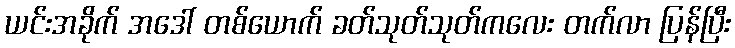
ယင်းအခိုက် အဒေါ် တစ်ယောက် ခတ်သုတ်သုတ်ကလေး တက်လာ ပြန်ပြီး